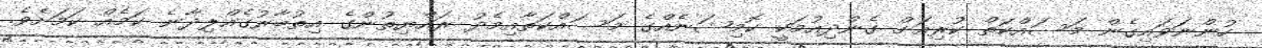
ހުންނަވައިގެން މަސައްކަތް ކުރިއަށް ގެންދިއުމަކީ ކޮމިޝަނެއްގެ މަސައްކަތާއިމެދު ރައްޔިތުންގެ އިތުބާރުގެއްލިދާނެ ކަމެއް ކަމަށެވެ.